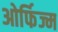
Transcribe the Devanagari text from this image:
ओर्फिज्म